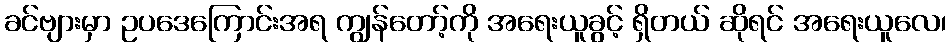
ခင်ဗျားမှာ ဥပဒေကြောင်းအရ ကျွန်တော့်ကို အရေးယူခွင့် ရှိတယ် ဆိုရင် အရေးယူလေ၊